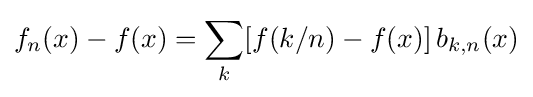
f_{n}(x)-f(x)=\sum _{k}[f(k/n)-f(x)]\,b_{k,n}(x)